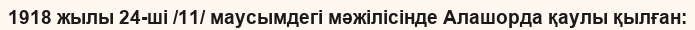
1918 жылы 24-ші /11/ маусымдегі мәжілісінде Алашорда қаулы қылған: